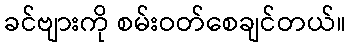
ခင်ဗျားကို စမ်းဝတ်စေချင်တယ်။